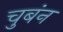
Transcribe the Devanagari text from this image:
चुबंन